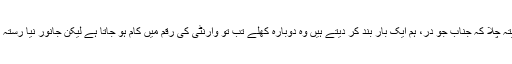
مگر دوسری طرف یہ پتہ چلا کہ جناب جو در، ہم ایک بار بند کر دیتے ہیں وہ دوبارہ کھلے تب تو وارنٹی کی رقم میں کام ہو جاتا ہے لیکن جانور نیا رستہ بنا لے تو فیس بھی نئی۔